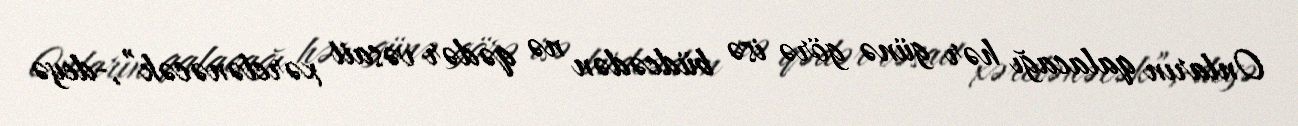
Onların qalacağı hər günə görə isə büdcədən nə qədər vəsait xərclənəcək”,-deyə